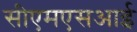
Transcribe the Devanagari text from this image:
सीएमएसआई